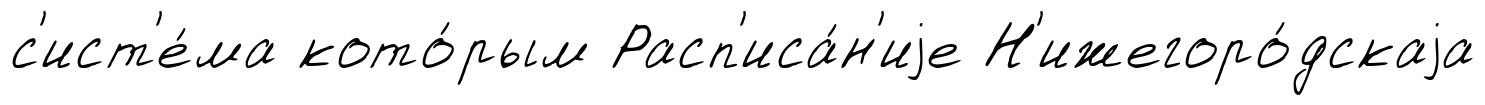
с'ист'е́ма кото́рым Расп'иса́н'иjе Н'ижегоро́дскаjа